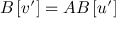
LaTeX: B \left[ v ^ { \prime } \right] = A B \left[ u ^ { \prime } \right]